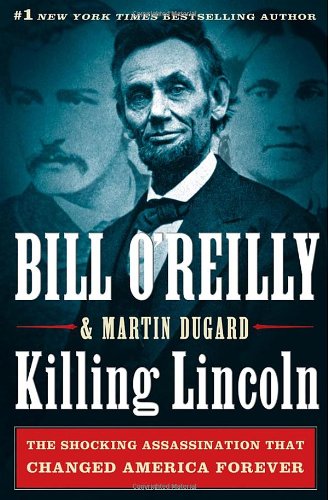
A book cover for Killing Lincoln: The Shocking Assassination that Changed America Forever; Bill O'Reilly; History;